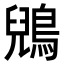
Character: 鶂